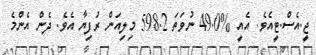
ޖީ.އެސް.ޓީއެވެ. އެއީ %49.0 ނުވަތަ 598.2 މިލިއަން ރުފިޔާ އެވެ. ދެން އެންމެ